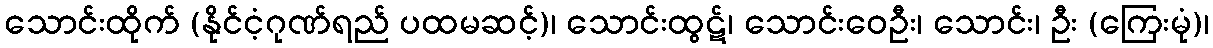
သောင်းထိုက် (နိုင်ငံ့ဂုဏ်ရည် ပထမဆင့်)၊ သောင်းထွဋ်၊ သောင်းဝေဦး၊ သောင်း၊ ဦး (ကြေးမုံ)၊